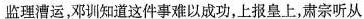
监理漕运，邓训知道这件事难以成功，上报皇上，肃宗听从